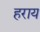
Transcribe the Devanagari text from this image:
हराय